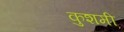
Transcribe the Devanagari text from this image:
कुशमी